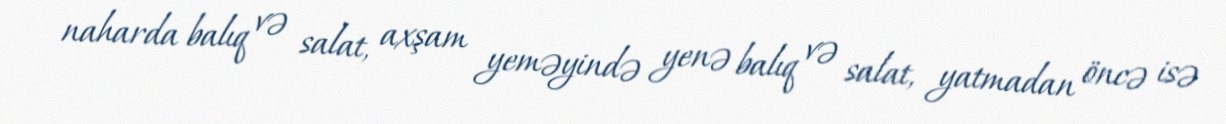
naharda balıq və salat, axşam yeməyində yenə balıq və salat, yatmadan öncə isə